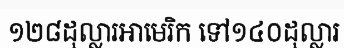
១២៨ដុល្លារអាមេរិក ទៅ១៤០ដុល្លារ